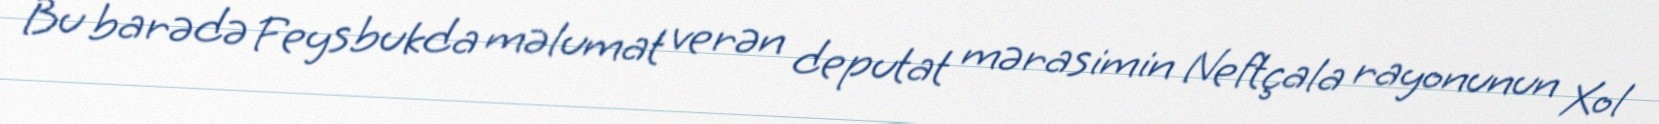
Bu barədə Feysbukda məlumat verən deputat mərasimin Neftçala rayonunun Xol